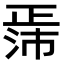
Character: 𬆃